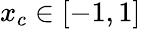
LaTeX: x_{c}\in[-1,1]